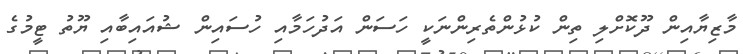
މާޒިޔާއިން ދޫކޮށްލި ތިން ކުޅުންތެރިންނަކީ ހަސަން އަދުހަމާއި ހުސައިން ޝުއައިބާއި ޔޫތު ޓީމުގެ